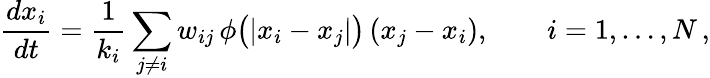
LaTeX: \frac{dx_{i}}{dt}=\frac{1}{k_{i}}\sum_{j\neq i}w_{ij}\, \phi\big(|x_{i}-x_{j}|\big)\, (x_{j}-x_{i}),\quad\quad i=1,\dots,N\, ,